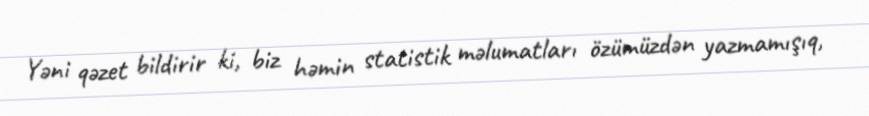
Yəni qəzet bildirir ki, biz həmin statistik məlumatları özümüzdən yazmamışıq,